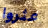
عثروا